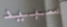
سبيد